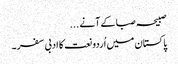
صبیحہ صبا کے آنے ...
پاکستان میں اُردو نعت کا ادبی سفر ۔